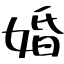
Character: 婚